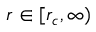
r \in \lbrack r _ { c } , \infty )